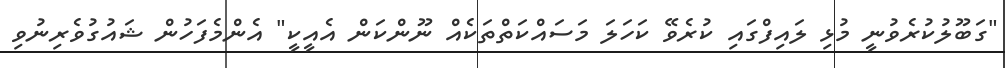
"ގަބޫލުކުރެވުނީ މުޅި ލައިފްގައި ކުރެވޭ ކަހަލަ މަސައްކަތްތަކެއް ނޫންކަން އެއީކީ" އެންމެފަހުން ޝައުގުވެރިނުވި